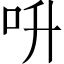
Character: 呏